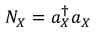
N _ { X } = a _ { X } ^ { \dagger } a _ { X }